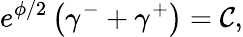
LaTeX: e^{\phi/2}\left(\gamma^{-}+\gamma^{+}\right)=\mathcal{C},